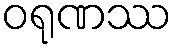
ဝရုဏဿ